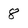
Character: 8